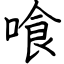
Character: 喰